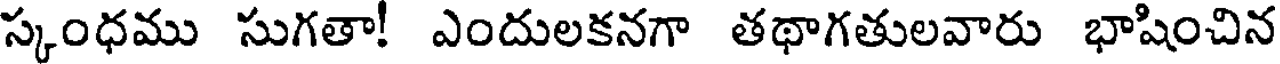
స్కంధము సుగతా! ఎందులకనగా తథాగతులవారు భాషించిన